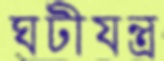
ঘটীযন্ত্র